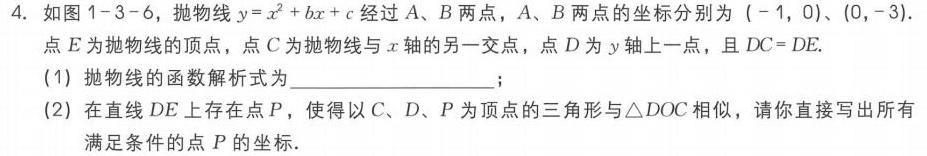
4. 如图1 - 3 - 6，抛物线\(y = x^{2}+bx + c\)经过\(A、B\)两点，\(A、B\)两点的坐标分别为\(( - 1,0)\)、\((0,-3)\).
点\(E\)为抛物线的顶点，点\(C\)为抛物线与\(x\)轴的另一交点，点\(D\)为\(y\)轴上一点，且\(DC = DE\).
(1) 抛物线的函数解析式为  ；
(2) 在直线\(DE\)上存在点\(P\)，使得以\(C、D、P\)为顶点的三角形与\(\triangle DOC\)相似，请你直接写出所有
满足条件的点\(P\)的坐标.